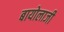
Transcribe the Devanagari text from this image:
बायोलाजी